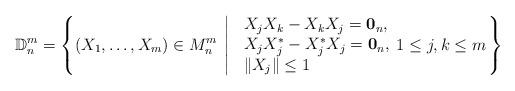
LaTeX: \begin{align*}\mathbb{D}^m_n=\left\{(X_1,\ldots,X_m)\in M_n^m\: \left|\:\: \begin{array}{l}X_j X_k-X_k X_j=\mathbf{0}_n,\\X_jX_j^\ast-X_j^\ast X_j=\mathbf{0}_n,\\\|X_j\|\leq 1\end{array} 1\leq j,k\leq m\right.\right\}\end{align*}